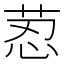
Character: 荵